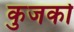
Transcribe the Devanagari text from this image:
कुजको